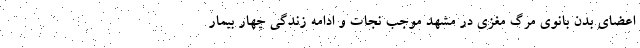
اعضای بدن بانوی مرگ مغزی در مشهد موجب نجات و ادامه زندگی چهار بیمار